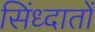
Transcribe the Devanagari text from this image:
सिंध्दातों